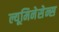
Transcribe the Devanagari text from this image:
ल्यूमिनेसेन्स